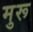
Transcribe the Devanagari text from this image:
मुरू